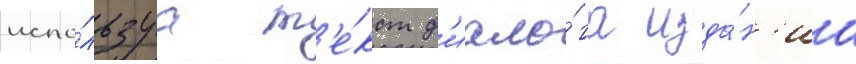
испо́льзуа т'е́кст д'иало́га изда́н'иа